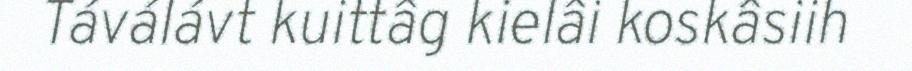
Táválávt kuittâg kielâi koskâsiih